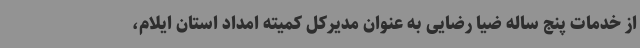
از خدمات پنج ساله ضیا رضایی به عنوان مدیرکل کمیته امداد استان ایلام،